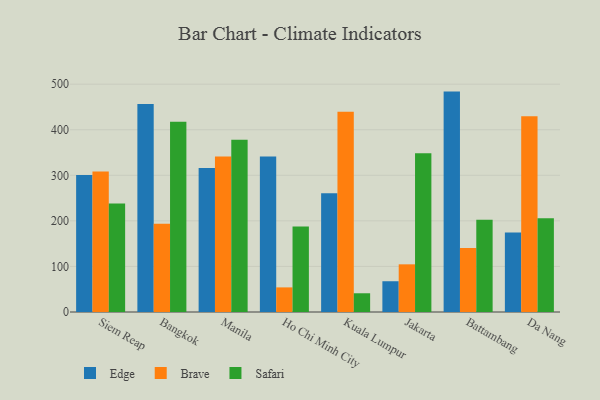
{"axis": {"x": "City", "y": "LTV (USD)"}, "legend": ["Brave", "Edge", "Safari"], "data": [{"x": "Siem Reap", "y": 300.8, "type": "Edge"}, {"x": "Siem Reap", "y": 308.6, "type": "Brave"}, {"x": "Siem Reap", "y": 238.0, "type": "Safari"}, {"x": "Bangkok", "y": 456.5, "type": "Edge"}, {"x": "Bangkok", "y": 193.6, "type": "Brave"}, {"x": "Bangkok", "y": 417.5, "type": "Safari"}, {"x": "Manila", "y": 315.9, "type": "Edge"}, {"x": "Manila", "y": 341.0, "type": "Brave"}, {"x": "Manila", "y": 378.1, "type": "Safari"}, {"x": "Ho Chi Minh City", "y": 341.1, "type": "Edge"}, {"x": "Ho Chi Minh City", "y": 54.0, "type": "Brave"}, {"x": "Ho Chi Minh City", "y": 187.7, "type": "Safari"}, {"x": "Kuala Lumpur", "y": 260.4, "type": "Edge"}, {"x": "Kuala Lumpur", "y": 439.4, "type": "Brave"}, {"x": "Kuala Lumpur", "y": 41.1, "type": "Safari"}, {"x": "Jakarta", "y": 67.5, "type": "Edge"}, {"x": "Jakarta", "y": 104.6, "type": "Brave"}, {"x": "Jakarta", "y": 348.2, "type": "Safari"}, {"x": "Battambang", "y": 483.7, "type": "Edge"}, {"x": "Battambang", "y": 140.7, "type": "Brave"}, {"x": "Battambang", "y": 202.5, "type": "Safari"}, {"x": "Da Nang", "y": 174.4, "type": "Edge"}, {"x": "Da Nang", "y": 429.5, "type": "Brave"}, {"x": "Da Nang", "y": 206.0, "type": "Safari"}]}